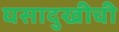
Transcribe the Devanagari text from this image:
घसादुखीची